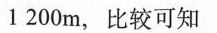
1200m，比较可知 （）